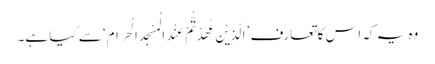
وہ یہ کہ اس کا تعارف ’اَلَّذِیْنَ عٰھَدْتُّمْ عِنْدَ الْمَسْجِدِ الْحَرَامِ‘ سے کیا ہے۔